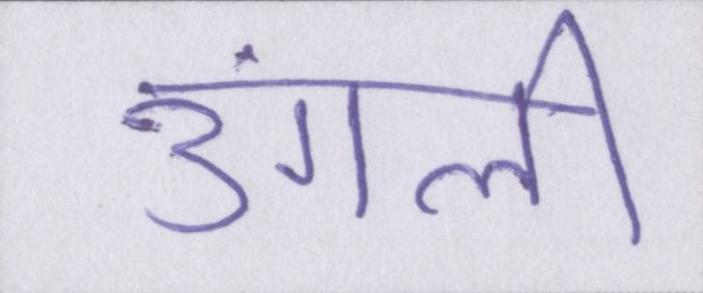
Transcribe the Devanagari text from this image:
उंगली